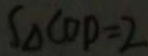
S _ { \Delta C O P } = 2